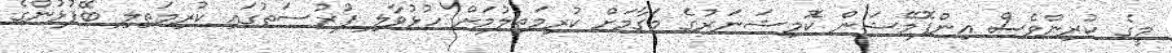
މީގެ ކުރިންވެސް އިންފޮމޭޝަން ކޮމިޝަނަރުގެ މަގާމަށް ކުރިމަތިލުމަށް ހުޅުވާލި ފުރުސަތުގައި ކުރިމަތިލި ބޭފުޅުންގެ